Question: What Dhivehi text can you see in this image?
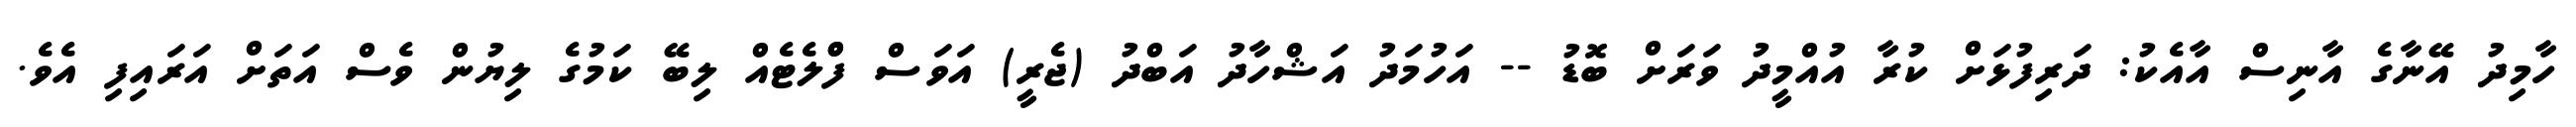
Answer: ހާމިދު އޭނާގެ އާނިސް އާއެކު: ދަރިފުޅަށް ކުރާ އުއްމީދު ވަރަށް ބޮޑު -- އަހުމަދު އަޝްހާދު އަބްދު (ޖެރީ) އަވަސް ފްްލެޓެއް ލިބޭ ކަމުގެ ލިޔުން ވެސް އަތަށް އަރައިފި އެވެ.